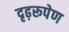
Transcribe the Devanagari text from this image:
दृढ़रूपेण